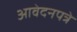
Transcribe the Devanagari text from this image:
आवेदनपत्रे